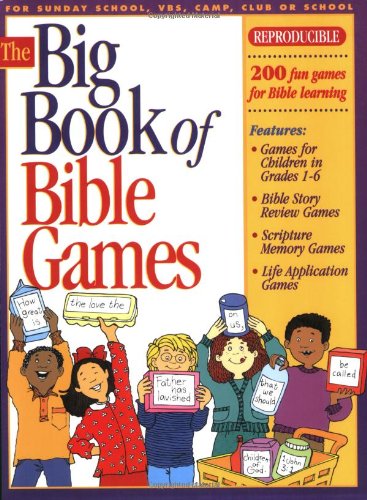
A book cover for The Big Book of Bible Games #1 (Big Books); Gospel Light; Christian Books & Bibles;